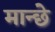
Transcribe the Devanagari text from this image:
मान्छे